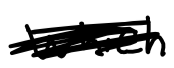
Text: which
Cross-out: scratch
Writing tool: digital_black